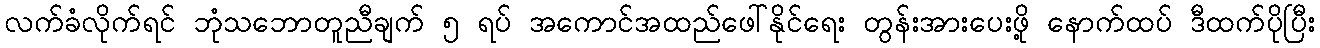
လက်ခံလိုက်ရင် ဘုံသဘောတူညီချက် ၅ ရပ် အကောင်အထည်ဖေါ်နိုင်ရေး တွန်းအားပေးဖို့ နောက်ထပ် ဒီထက်ပိုပြီး